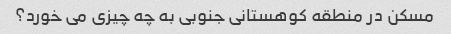
مسکن در منطقه کوهستانی جنوبی به چه چیزی می خورد؟